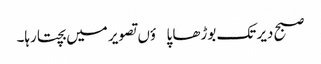
صبح دیر تک بوڑھا پاؤں تصویر میں بچتا رہا۔